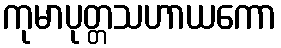
ကုမာပုတ္တသဟာယကော